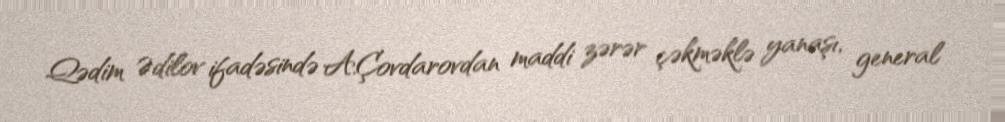
Qədim Ədilov ifadəsində A.Çovdarovdan maddi zərər çəkməklə yanaşı, general